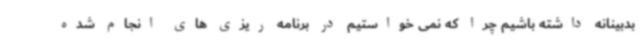
بدبینانه داشته باشیم چرا که نمی خواستیم در برنامه ریزی های انجام شده